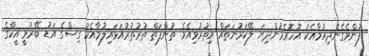
ފުންވެގެންދިއުމާއެކު އޮހޮރެމުންދިޔަ ލޭކަރުނަތައް އިތުރުވިއެވެ. ތުންފަތް ތުރުތުރުއަޅައިލުމާއެކު ގިސްގެ އަޑު ބޭރުވީ އީކްގެ